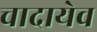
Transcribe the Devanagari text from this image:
चादायेव